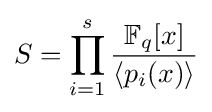
S=\prod _{i=1}^{s}{\frac {\mathbb {F} _{q}[x]}{\langle p_{i}(x)\rangle }}